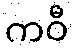
ကဝီ